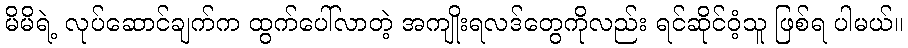
မိမိရဲ့ လုပ်ဆောင်ချက်က ထွက်ပေါ်လာတဲ့ အကျိုးရလဒ်တွေကိုလည်း ရင်ဆိုင်ဝံ့သူ ဖြစ်ရ ပါမယ်။